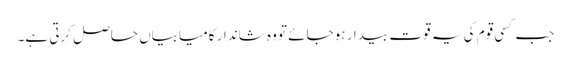
جب کسی قوم کی یہ قوت بیدار ہوجائے تو وہ شاندار کامیابیاں حاصل کرتی ہے۔